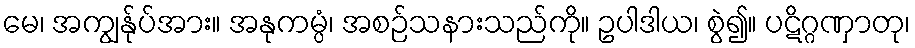
မေ၊ အကျွန်ုပ်အား။ အနုကမ္ပံ၊ အစဉ်သနားသည်ကို။ ဥပါဒါယ၊ စွဲ၍။ ပဋိဂ္ဂဏှာတု၊